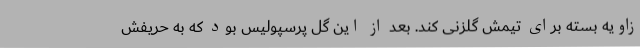
زاویه بسته برای تیمش گلزنی کند. بعد از این گل پرسپولیس بود که به حریفش